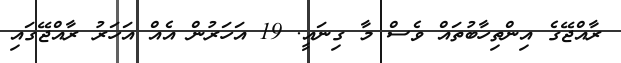
ރާއްޖޭގެ އިންތިހާބުތައް ވެސް މާ ގިނައީ. 19 އަހަރުން އެއް އަހަރު ރާއްޖޭގައި